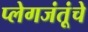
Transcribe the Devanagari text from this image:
प्लेगजंतूंचे